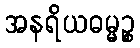
အနရိယဓမ္မဉ္စ